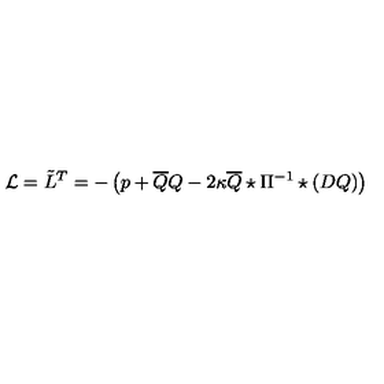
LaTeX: { \cal L } = \tilde { L } ^ { T } = - \left( p + \overline { { Q } } Q - 2 \kappa \overline { { Q } } \star \Pi ^ { - 1 } \star ( D Q ) \right)